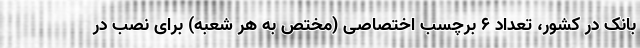
بانک در کشور، تعداد ۶ برچسب اختصاصی (مختص به هر شعبه) برای نصب در